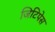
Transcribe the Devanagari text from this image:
जिटिपेस